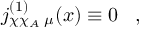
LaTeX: j _ { \chi \chi _ { A } \; \mu } ^ { ( 1 ) } ( x ) \equiv 0 \; \; \; ,